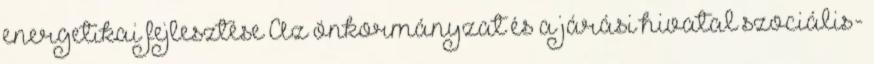
energetikai fejlesztése Az önkormányzat és a járási hivatal szociális-